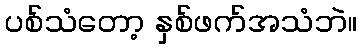
ပစ်သံတော့ နှစ်ဖက်အသံဘဲ။